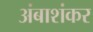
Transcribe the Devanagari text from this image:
अंबाशंकर